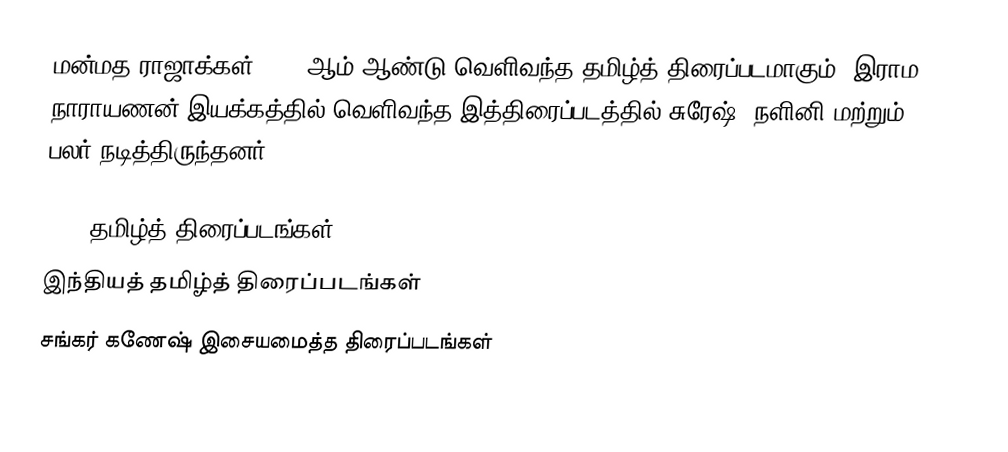
மன்மத ராஜாக்கள் 1984 ஆம் ஆண்டு வெளிவந்த தமிழ்த் திரைப்படமாகும். இராம நாராயணன் இயக்கத்தில் வெளிவந்த இத்திரைப்படத்தில் சுரேஷ், நளினி மற்றும் பலர் நடித்திருந்தனர்.

1984 தமிழ்த் திரைப்படங்கள்
இந்தியத் தமிழ்த் திரைப்படங்கள்
சங்கர் கணேஷ் இசையமைத்த திரைப்படங்கள்